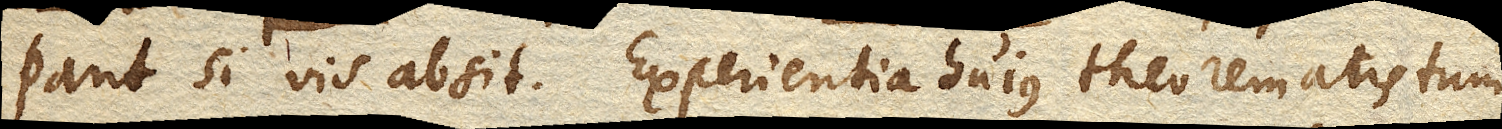
pant si vis absit. Experientia hujus theorematis tum